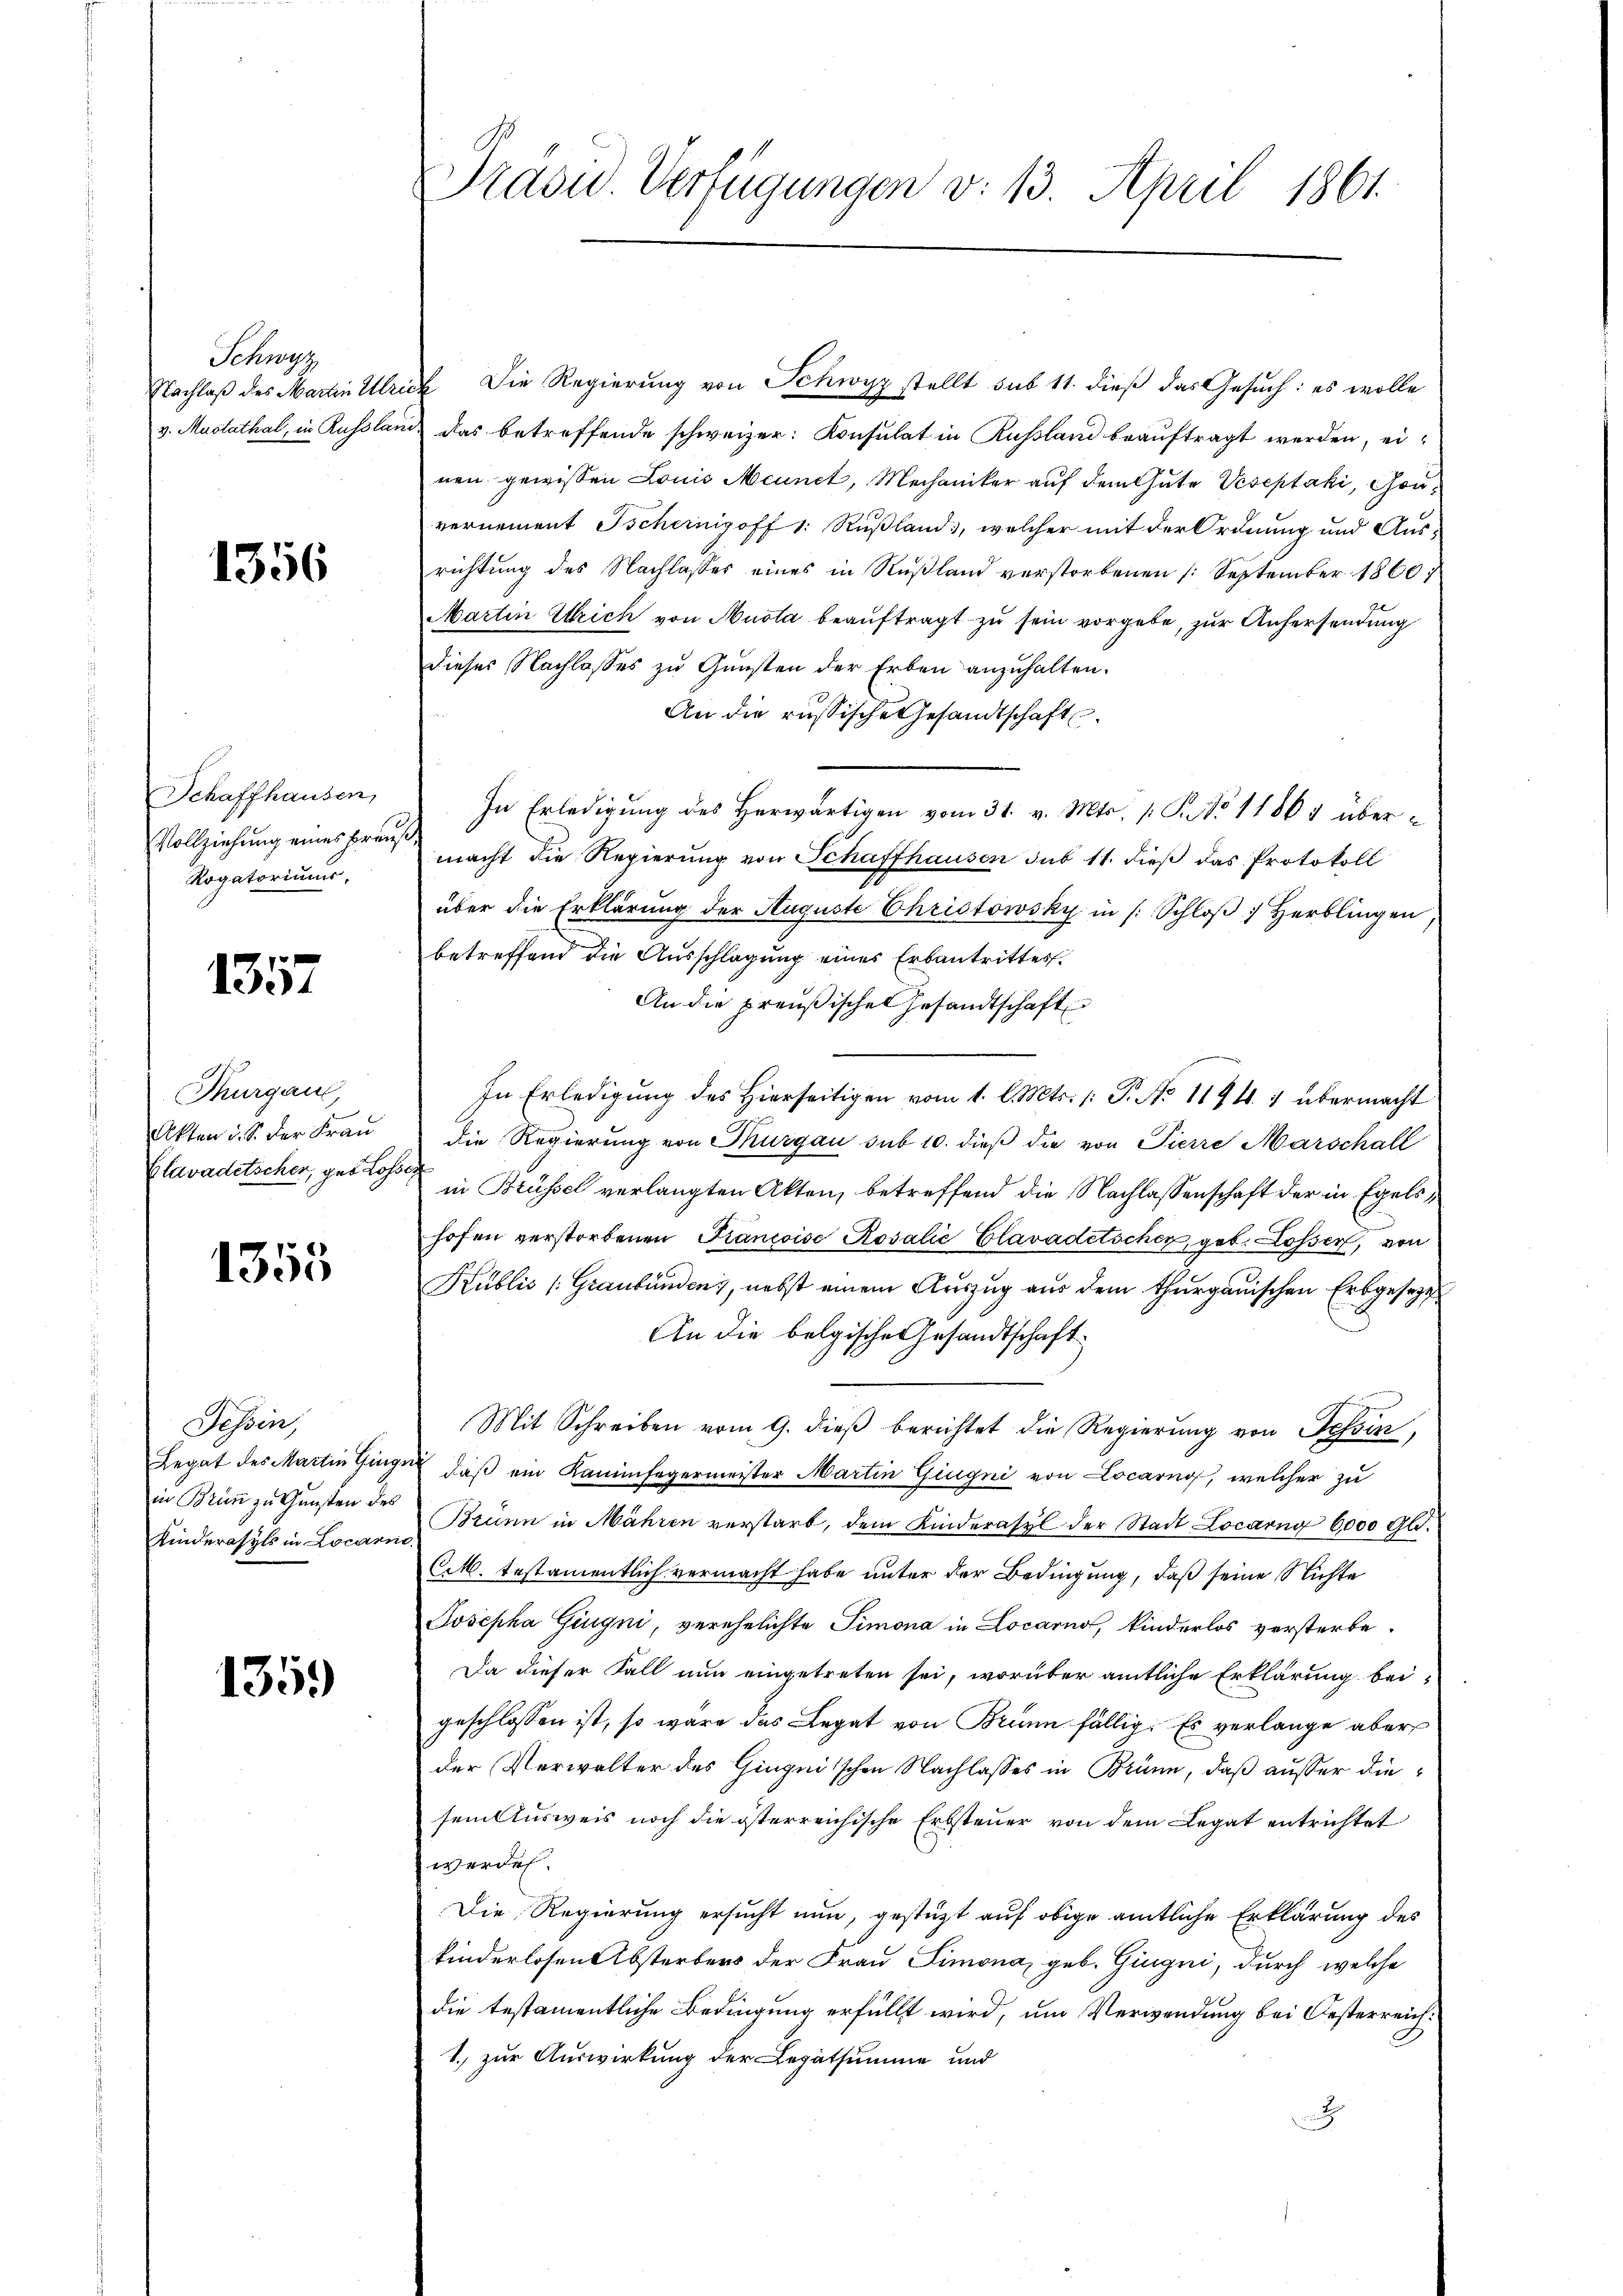
Schwyz

1356

Schaffhausen,
Vollziehung eines Preuße
Rogatoriums,

1357

Thurgau,
Akten d. S. der Frau
Clavadetscher, geb. Losse

1355

Tessin,
in Brünn zu Gunsten des

1359

Nachlaß des Martin Ulrich Die Regierung von Schwyz stellt sub 11. dieß das Gesuch: es wolle
v. Mustathal, in Russland, das betreffende schweizer: Konsulat in Russland beauftragt werden, einen gewissen Louis Meunct, Mechaniker auf dem Gute Veseptáki, Gouvernement Tscheinigoff 1: Rußland, welcher mit der Ordnung und Aus-
richtung des Nachlasses eines in Rußland verstorbenen (September 1860,
Martin Ulrich von Ausla beauftragt zu sein vorgebe, zur Anhersendung
dieses Nachlasses zu Gunsten der Erben anzuhalten.
An die russische Gesandtschaft
In Erledigŭng des herwärtigen vom 31. v. Mts. 1 S. No 11864 übermacht die Regierŭng von Schaffhausen sub 11. dieβ das Protokoll
über die Erklärung der Auguste Christowsky in |: Schloβ 7 Herblingen
betreffend die Ausschlagung eines Erbantrittes.
An die preußischen Gesandtschaft
In Erledigung des Hierseitigen vom 1. l. Mts. /: P. No 1194. 1 übermacht
Die Regierung von Thurgau sub 10. dieß die von Pierre Marschall
in Brüssel verlangten Akten, betreffend die Nachlassenschaft der in Egelshofen verstorbenen Francoise Rosalić Clavadetscher, geb. Lossen, von
Kublis (Graubünden, nebst einem Auszug aus dem Thurgauischen Erbgesezt
An die belgische Gesandtschaft
Mit Schreiben vom 9. dieß berichtet die Regierung von Tessin,
Legat des Martin Hinge, daß ein Kaminfegermeister Martin Gingni von Locarno, welcher zu
Kinderasyls in Locare Brunn in Mähren verstarb, dem Kinderasyl der Stadt Locarng 6000 Gld.
C.M. testamentlich vermacht habe unter der Bedingung, daß seine Nichte
Josepha Gingni, verehelichte Simona in Locarno, kinderlos versterbe.
Da dieser Fall nun eingetreten sei, worüber amtliche Erklärung bei-
geschlossen ist, so wäre das Legat von Brünn fällig. Es verlange aber
der Verwalter des Gingnisschen Nachlasses in Brünn, daß ausser diesem Ausweis noch die österreichische Erbsteuer von dem Legat entrichtet
werden.
Die Regierung ersucht nun, gestützt auf obige amtliche Erklärung des
kinderlosen Absterbers der Frau Simona, geb. Gigni, durch welche
die testamentliche Bedingung erfüllt wird, um Verwendung bei Oesterreich¬
1. zur Auswirkung der Legatsumme und
.

Präsid. Verfügungen v. 13. April 1861.